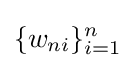
\{w_{ni}\}_{i=1}^{n}